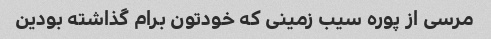
مرسی از پوره سیب زمینی که خودتون برام گذاشته بودین